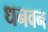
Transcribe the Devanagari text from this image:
धनवन